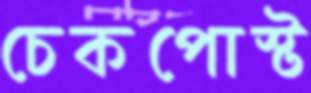
চেকপোস্ট